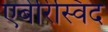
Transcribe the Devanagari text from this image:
एबेरिस्विद